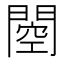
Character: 𰿢